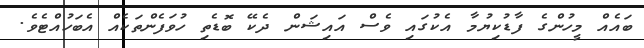
ބައެއް މީހުންގެ ފާޑުކިޔުމާ އެކުގައި ވެސް އައިޝަން ދެކޭ ބޮޑެތި ހުވަފެންތަކެއް އެބަހުއްޓެވެ.